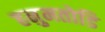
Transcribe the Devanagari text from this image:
हनुमतोडि